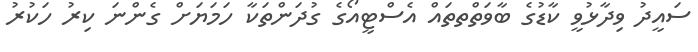
ސައީދު ވިދާޅުވީ ކާޑުގެ ބާވަތްތތައް އެސްޓީއޯގެ ގުދަންތަކާ ހަމަޔަށް ގެންނަ ކިރު ހަކުރު